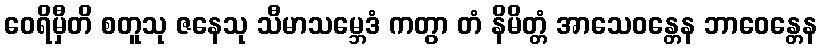
ဝေရိမှီတိ စတူသု ဇနေသု သီမာသမ္ဘေဒံ ကတွာ တံ နိမိတ္တံ အာသေဝန္တေန ဘာဝေန္တေန